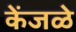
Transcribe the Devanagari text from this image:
केंजळे